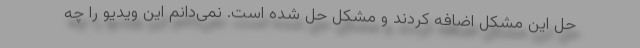
حل این مشکل اضافه کردند و مشکل حل شده است. نمی‌دانم این ویدیو را چه